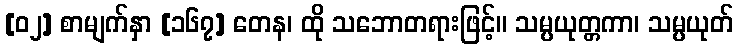
[၀၂] စာမျက်နှာ [၁၆၇] တေန၊ ထို သဘောတရားဖြင့်။ သမ္ပယုတ္တကာ၊ သမ္ပယုတ်